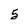
Character: 5